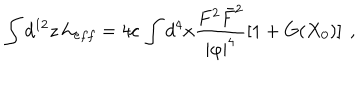
LaTeX: \int d ^ { 1 2 } z \, { \cal L } _ { e f f } = 4 c \, \int d ^ { 4 } x \frac { F ^ { 2 } \bar { F } ^ { 2 } } { | \varphi | ^ { 4 } } \left[ 1 + G ( X _ { 0 } ) \right] ~ ,